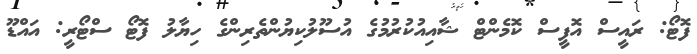
ފޮޓޯ: ރައީސް އޮފީސް ކޮމެންޓް ޝާއިއުކުރުމުގެ އުސޫލުކިޔުންތެރިންގެ ހިޔާލު ފޮޓޯ ސްޓޯރީ: އައްޑޫ